Triennial report on the lunatic asylums in the province of Eastern Bengal and Assam - 1903-1911
Year: 1903
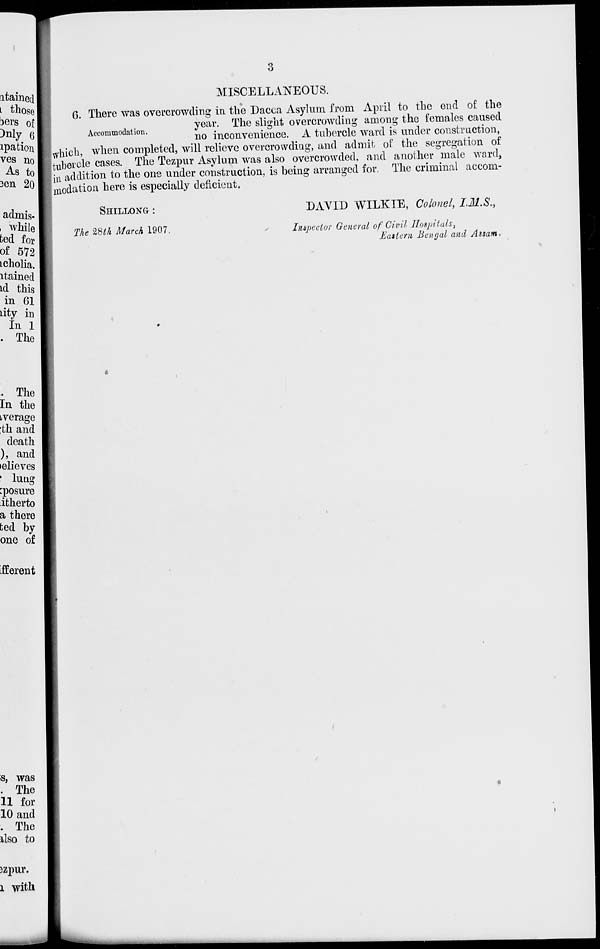
3
MISCELLANEOUS.
Accommodation.
6. There was overcrowding in the Dacca Asylum from April to the end of the
year. The slight overcrowding among the females caused
no inconvenience. A tubercle ward is under construction,
which, when completed, will relieve overcrowding, and admit of the segregation of
tubercle cases. The Tezpur Asylum was also overcrowded, and another male ward,
in addition to the one under construction, is being arranged for. The criminal accom-
modation here is especially deficient.
SHILLONG :
The 28th March 1907.
DAVID WILKIE, Colonel, I.M.S.,
Inspector General of Civil Hospitals,
Eastern Bengal and Assam.